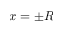
x = \pm R